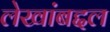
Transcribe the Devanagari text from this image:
लेखांबद्दल